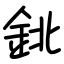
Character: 鉳